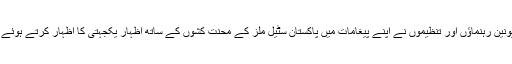
اس کے علاہ سماجی رابطے کی ویب سائٹ پرمختلف ٹریڈ یونین رہنماؤں اور تنظیموں نے اپنے پیغامات میں پاکستان سٹیل ملز کے محنت کشوں کے ساتھ اظہار یکجہتی کا اظہار کرتے ہوئے ان کے حقوق کی خاطر مظاہرے منعقد کرنے کا اعلان کیا۔